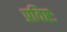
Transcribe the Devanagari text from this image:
प्रविष्टः